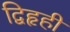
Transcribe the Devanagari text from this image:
द्विहृही